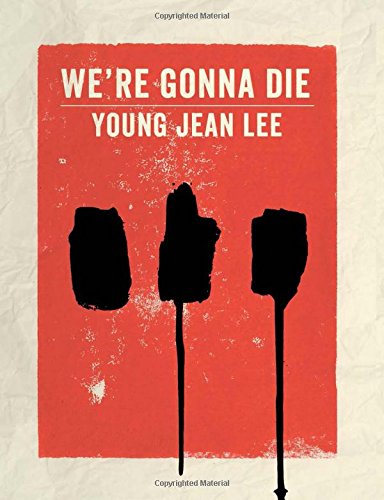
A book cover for We're Gonna Die; Young Jean Lee; Literature & Fiction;